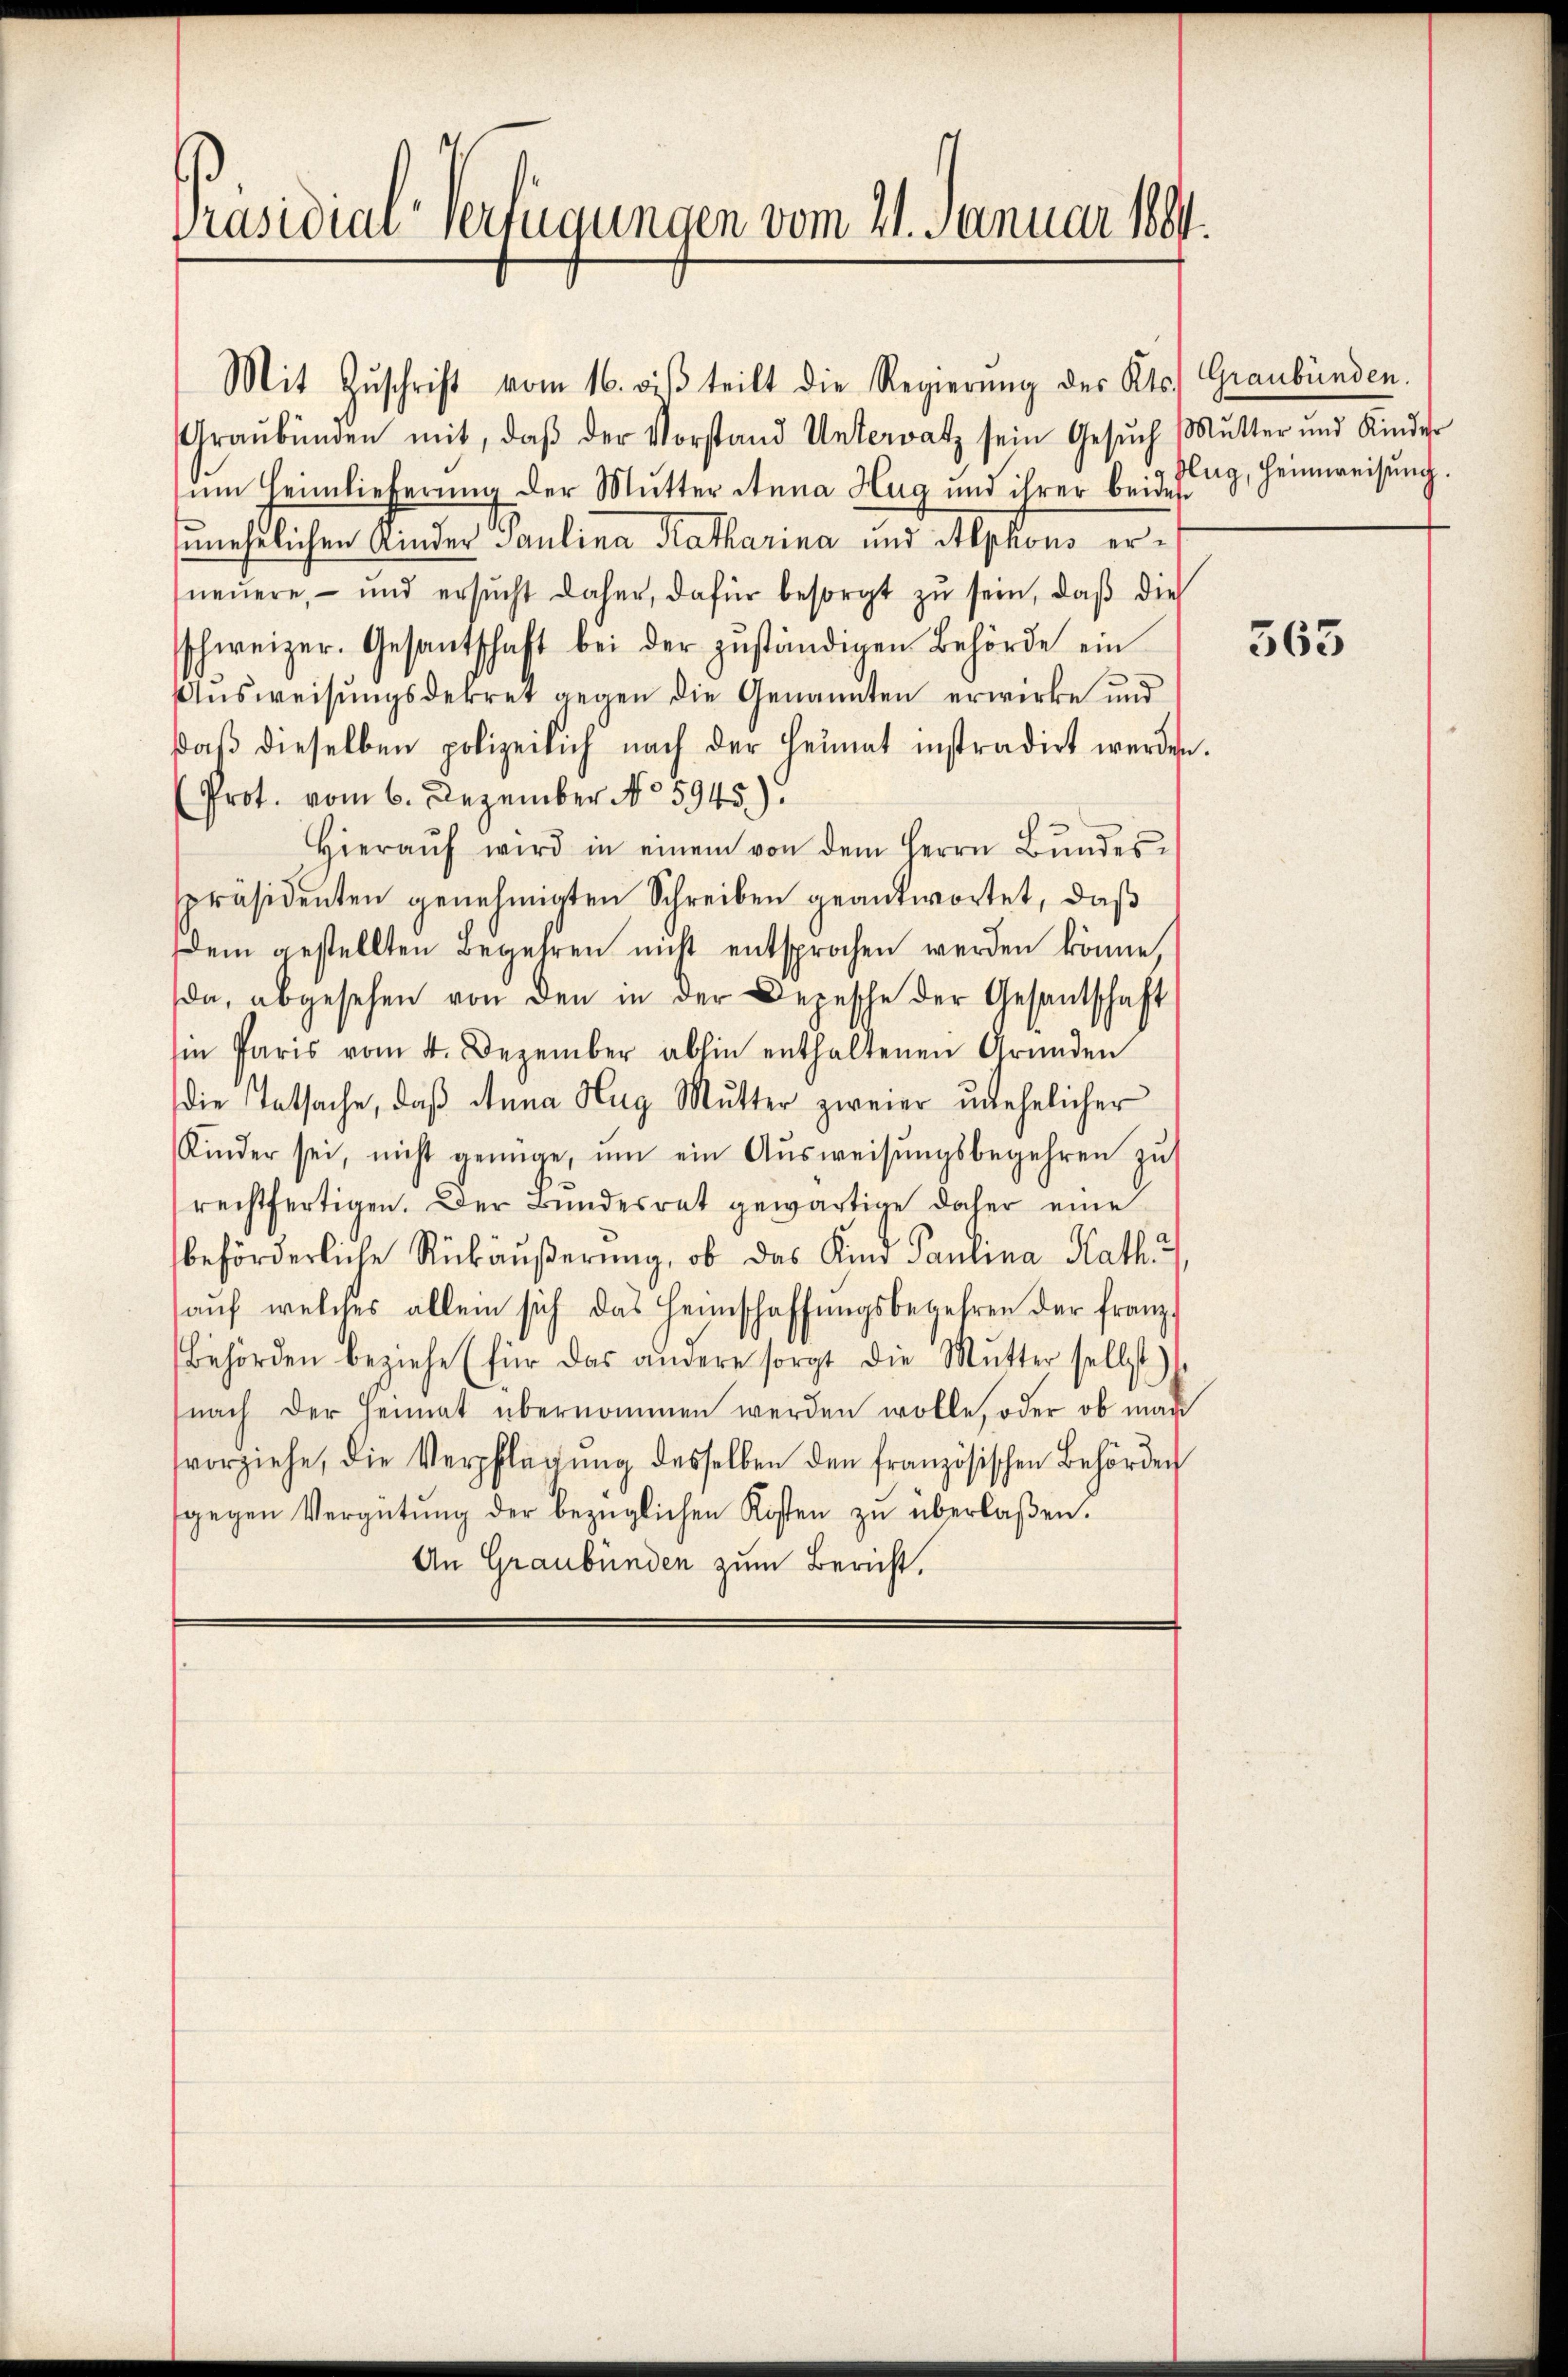
Präsidialverfügungen vom 21. Januar 1891.

Mit Zŭschrift vom 16. diβ teilt die Regierung des Kts. Graubünden.
Graubünden mit, daβ der Vorstand Unterratz sein Gesŭch Mutter und Kinder
um Heimlieferung der Mutter Anna Hug und ihrer beides
unehrlichen Ander Paulina Katharina und Alphons erneŭere, – und ersŭcht daher, dafür besorgt zŭ sein, daβ die
sschweizer. Gesantschaft bei der zŭständigen Behörde ein
Aŭsweisŭngsdekret gegen die Genannten erwirke und
daβ dieselben polizeilich nach der Heimat instradirt werden.
(Prot. vom 6. Dezember No 5945).
Hieraŭf wird in einem von dem Herrn Bŭndes-
spräsidenten genehmigten Schreiben geantwortet, daß
dem gestellten Begehren nicht entsprochen werden könne
da, abgesehen von den in der Depesche der Gesantschaft
Ein Paris vom 4. Dezember abhin enthaltenen Gründen
die Tatsache, daß Anna Hug Mutter zweier unehelicher
Kinder sei, nicht genüge, ŭm ein Aŭsweisŭngsbegehren zŭ
rechtfertigen. Der Bundesrat gewärtige daher eine
beförderliche Rückäußerung, ob das Kind Paulina Kath.
aŭf welches allein sich das Heimschaffŭngsbegehren der franz-
Behörden beziehe (für das andere sorgt die Mutter selbst)
(nach der Heimat übernommen werden wolle, oder ob man
vorziehe, die Verpflegŭng desselben den französischen Behörden
gegen Vergütŭng der bezüglichen Kosten zŭ überlaßen.
An Graubünden zum Bericht.

klug, Heimweisung.

563